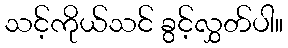
သင့်ကိုယ်သင် ခွင့်လွှတ်ပါ။